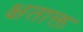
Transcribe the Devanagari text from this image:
क्षताक्त